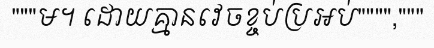
"""ម។ ដោយគ្មានវេចខ្ចប់ប្រអប់"""","""